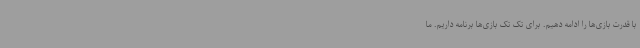
با قدرت بازی‌ها را ادامه دهیم. برای تک تک بازی‌ها برنامه داریم. ما